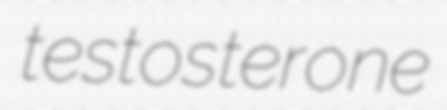
testosterone